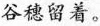
谷穗留着。